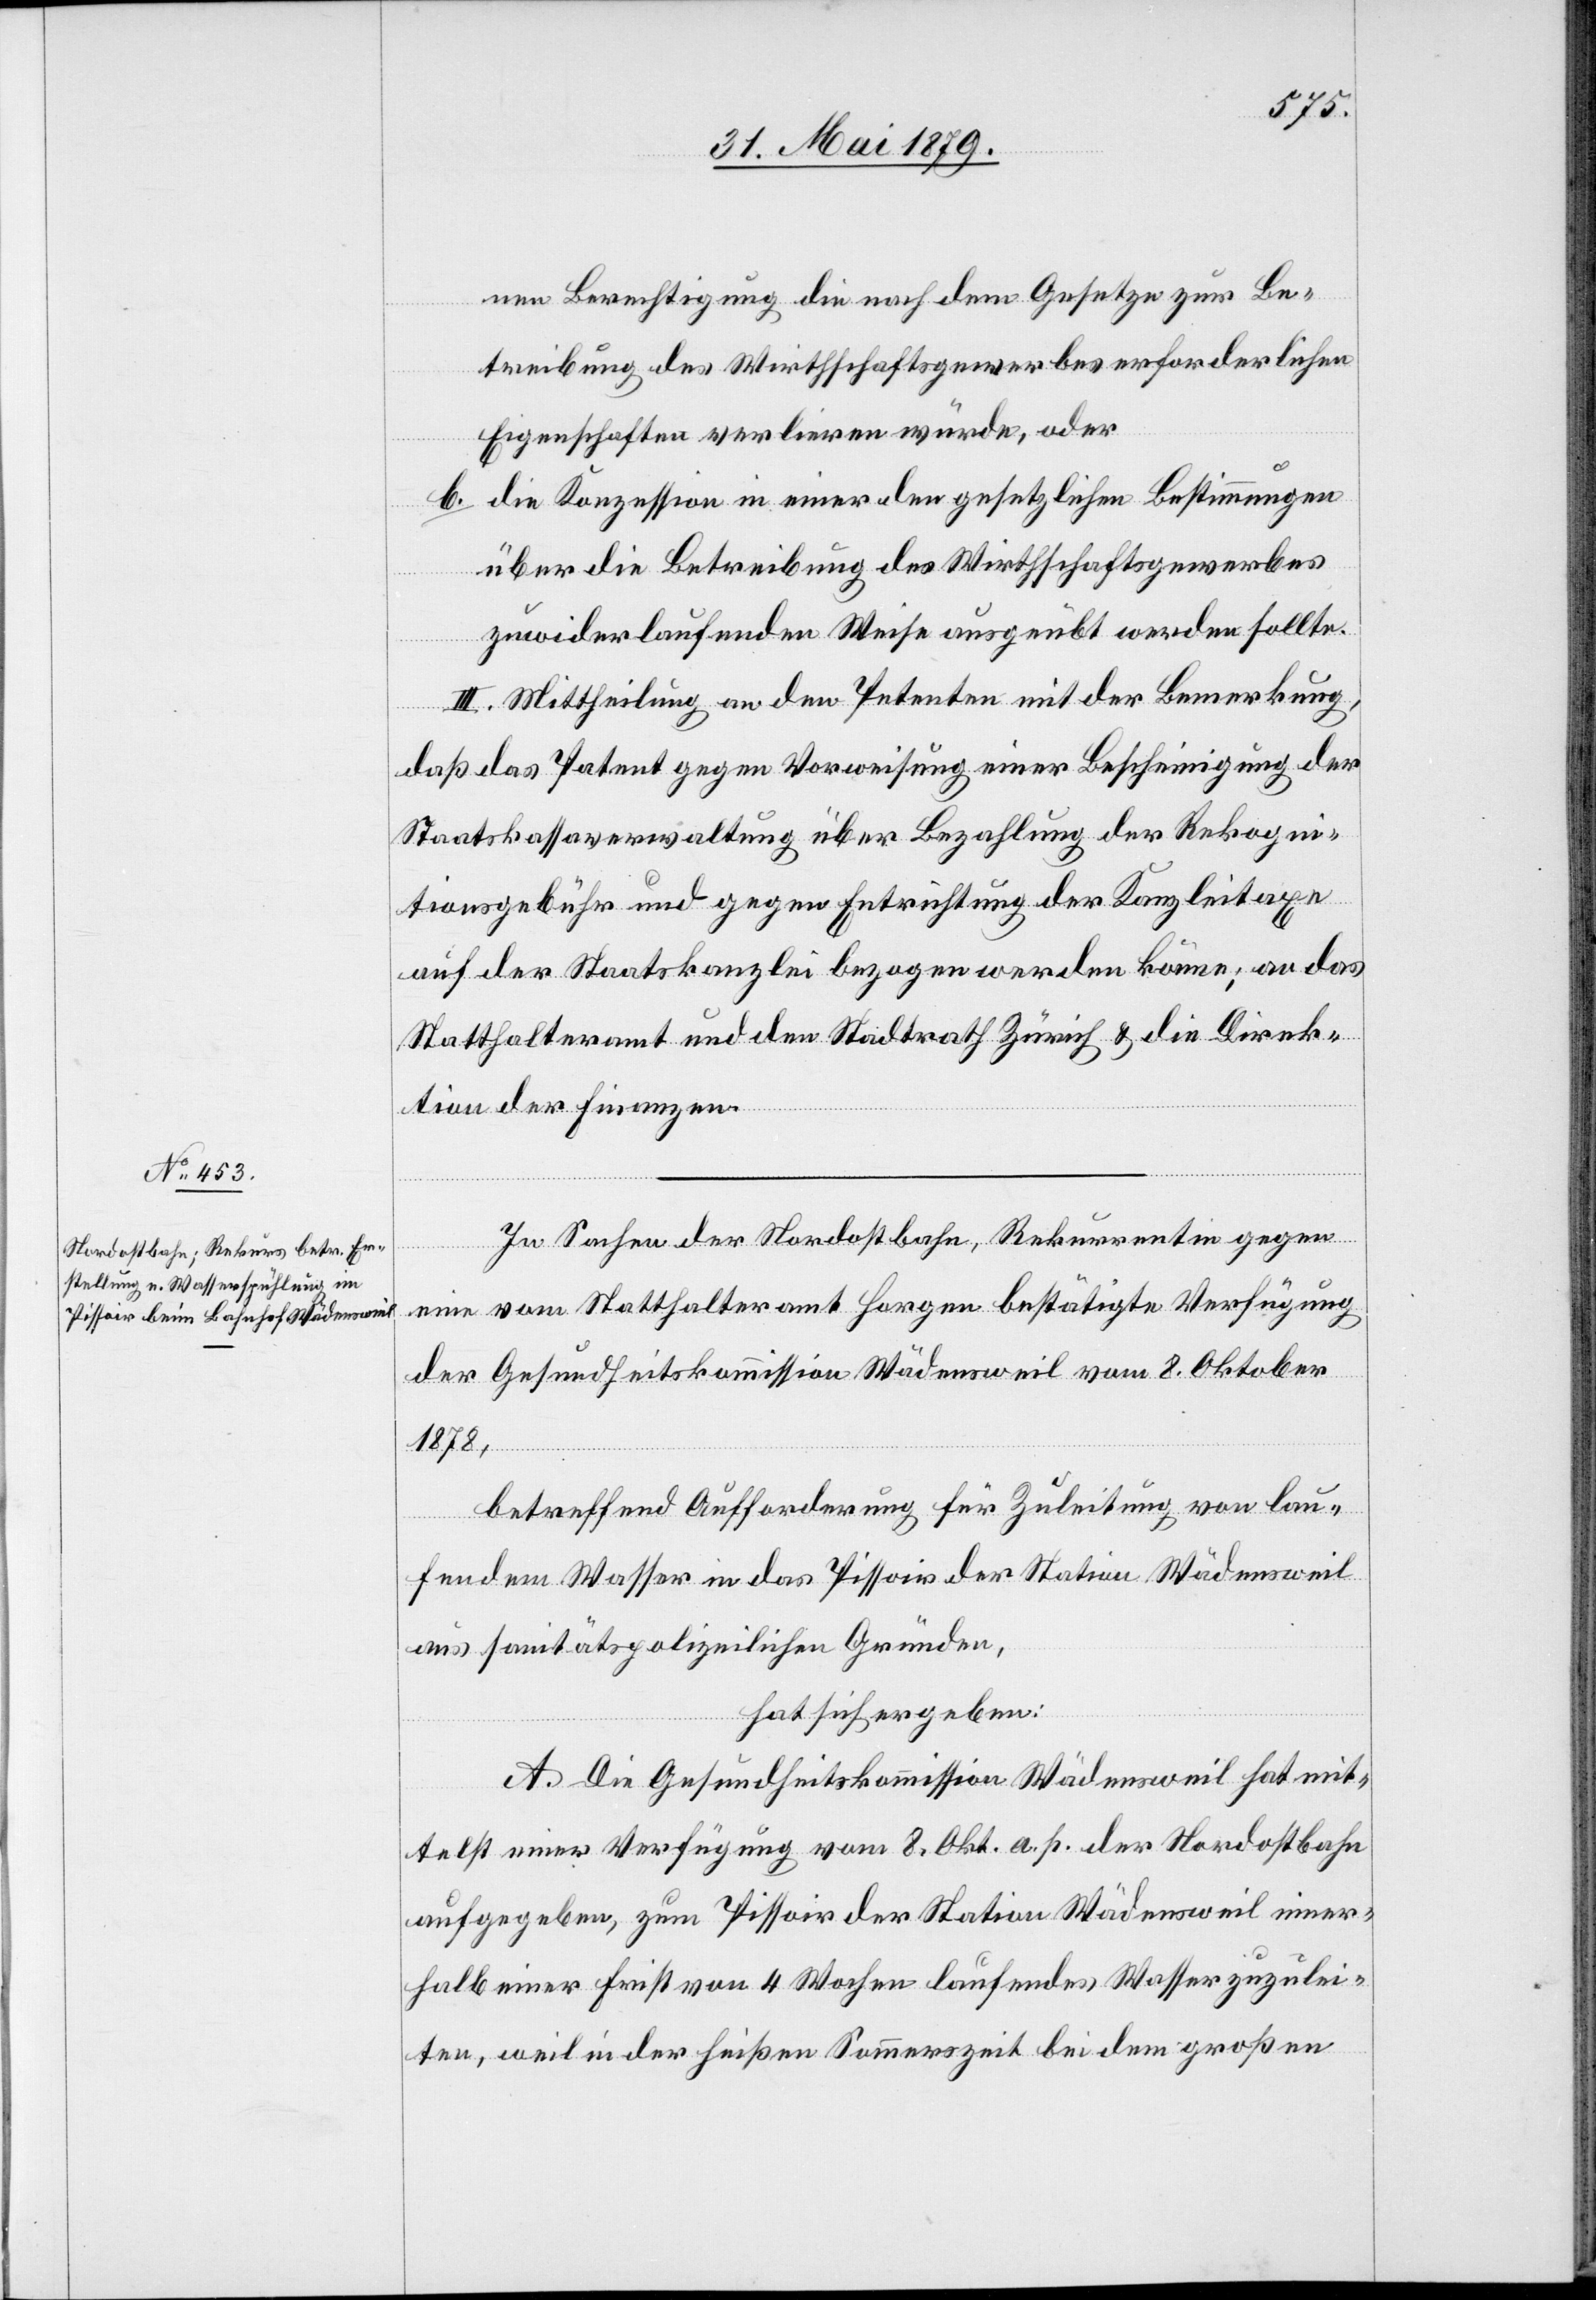
nen Berechtigung die nach dem Gesetze zur Be¬
treibung des Wirthschaftsgewerbes erforderlichen
Eigenschaften verlieren würde, oder
b. die Konzession in einer den gesetzlichen Bestimmungen
über die Betreibung des Wirthschaftsgewerbes
zuwiderlaufenden Weise ausgeübt werden sollte.
III. Mittheilung an den Petenten mit der Bemerkung,
daß das Patent gegen Vorweisung einer Bescheinigung der
Staatskassaverwaltung über Bezahlung der Rekogni¬
tionsgebühr und gegen Entrichtung der Kanzleitaxe
auf der Staatskanzlei bezogen werde könne; an das
Statthalteramt und den Stadtrath Zürich & die Direk¬
tion der Finanzen.
In Sachen der Nordostbahn, Rekurrentin gegen
eine vom Statthalteramt Horgen bestätigte Verfügung
der Gesundheitskommission Wädensweil vom 8. Oktober
1878,
betreffend Aufforderung für Zuleitung von lau¬
fendem Wasser in das Pissoir der Station Wädensweil
aus sanitätspolizelichen Gründen,
hat sich ergeben:
A. Die Gesundheitskommission Wädensweil hat mit¬
telst einer Verfügung vom 8. Okt. a. p. der Nordostbahn
aufgegeben, zum Pissoir der Station Wädensweil inner¬
halb einer Frist von 4 Wochen laufendes Wasser zuzulei¬
ten, weil in der heißen Sommerszeit bei dem großen